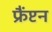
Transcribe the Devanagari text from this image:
फ्रैंप्टन